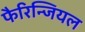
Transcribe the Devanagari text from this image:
फैरिन्जियल